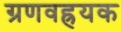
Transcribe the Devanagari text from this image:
ग्रणवह्रयक